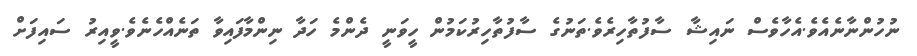
ނުހުންނާނެއެވެ.އެހާވެސް ނައިޝާ ސާފުތާހިރެވެ.ތަނުގެ ސާފުތާހިރުކަމުން ހީވަނީ ދެންމެ ހަދާ ނިންމާފައިވާ ތަނެއްހެނެވެ.ވީއިރު ސައިފަށް